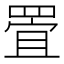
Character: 𱻅